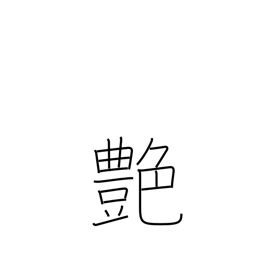
Meaning: polish